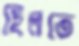
ছিলতে